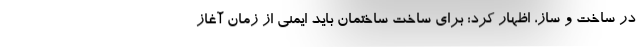
در ساخت و ساز، اظهار کرد: برای ساخت ساختمان باید ایمنی از زمان آغاز